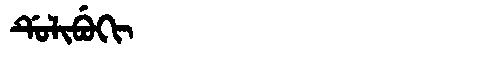
Manchu: ᡩᡠᠯᡳᠪᡠᡴᡳ
Romanization: DULIBUKI